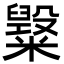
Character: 𥽂